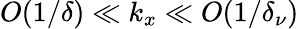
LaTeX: O(1/\delta)\ll k_{x}\ll O(1/\delta_{\nu})